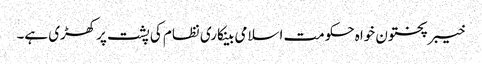
خیبرپختون خواہ حکومت اسلامی بینکاری نظام کی پشت پرکھڑی ہے۔